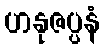
ဟနုဇပ္ပနံ